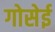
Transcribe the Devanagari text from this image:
गोसेई